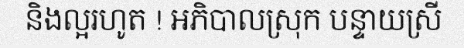
និងល្អរហូត ! អភិបាលស្រុក បន្ទាយស្រី